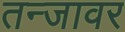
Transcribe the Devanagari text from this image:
तन्जावर